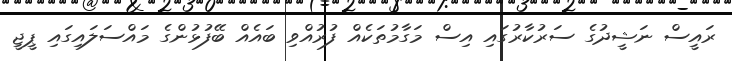
ރައީސް ނަޝީދުގެ ސަރުކާރުގައި އިސް މަގާމުތަކެއް ފުރުއްވި ބައެއް ބޭފުޅުންގެ މައްސަލައިގައި ޕީޖީ